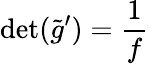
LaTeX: \operatorname*{det}(\tilde{g}^{\prime})=\frac 1f